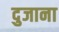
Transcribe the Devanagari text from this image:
दुजाना